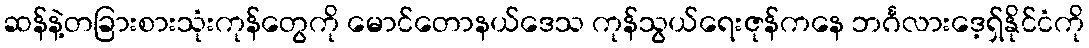
ဆန်နဲ့တခြားစားသုံးကုန်တွေကို မောင်တောနယ်ဒေသ ကုန်သွယ်ရေးဇုန်ကနေ ဘင်္ဂလားဒေ့ရှ်နိုင်ငံကို